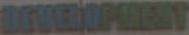
DEVELOPMENT